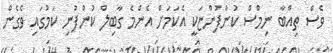
ވެސް ތިއްބާ ނިމްސް ކުންފުންޏަކީ އެކަމަށް އެންމެ ގާބިލް ކުންފުނި ކަމުގައި ވެގެން